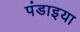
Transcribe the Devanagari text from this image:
पंडाइया